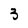
Character: 3